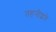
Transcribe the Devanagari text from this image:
तहनीद्वारे